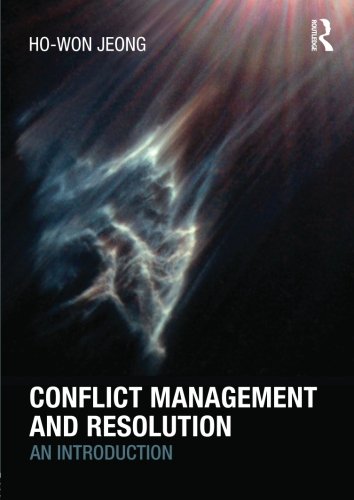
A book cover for Conflict Management and Resolution: An Introduction; Ho-Won Jeong; Business & Money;